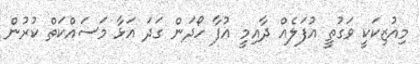
މިއުޒިކަކީ ވަގުތީ އުފަލެއް ދާއިމީ އުފާ ހޯދަން ގަދަ އަޅާ މަސައްކަތް ކުރުން